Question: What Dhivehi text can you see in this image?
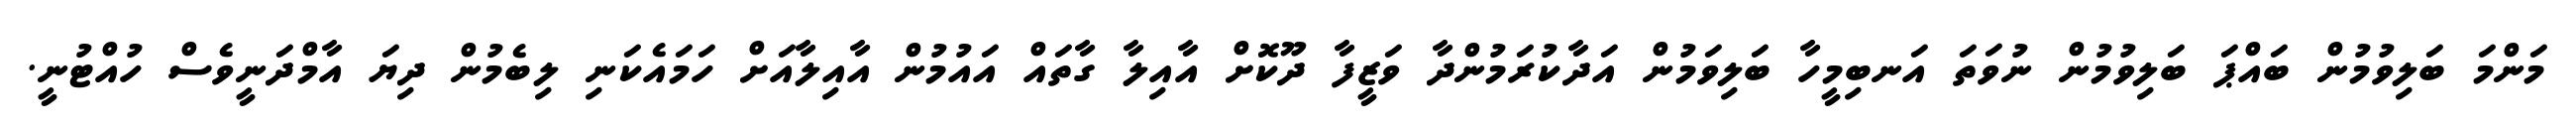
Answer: މަންމަ ބަލިވުމުން ބައްޕަ ބަލިވުމުން ނުވަތަ އަނބިމީހާ ބަލިވަމުން އަދާކުރަމުންދާ ވަޒީފާ ދޫކޮށް އާއިލާ ގާތައް އައުމުން އާއިލާއަށް ހަމައެކަނި ލިބެމުން ދިޔަ އާމްދަނީވެސް ހުއްޓުނީ.